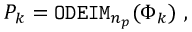
P _ { k } = { \tt O D E I M } _ { n _ { p } } ( \Phi _ { k } ) \mathrm { ~ , ~ }